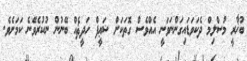
ބުޚާރީ މުސްލިމް ދެކަވަޑައިގަންނަވަނީ އެއްވެސް ގޮތަކަށް ޟަޢީފް ހަދީޘެއް ބޭނުން ނުކުރެވޭނެ ކަމަށެވެ.